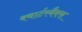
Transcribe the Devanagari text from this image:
क्वार्टरबैक्स